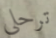
ترحلي